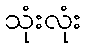
သုံးလုံး